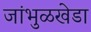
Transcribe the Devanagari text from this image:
जांभुळखेडा